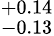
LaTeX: ^{+0.14}_{-0.13}